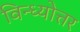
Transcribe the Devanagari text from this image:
विन्ध्योत्तर